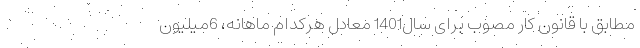
مطابق با قانون کار مصوب برای سال1401 معادل هرکدام ماهانه، 6میلیون